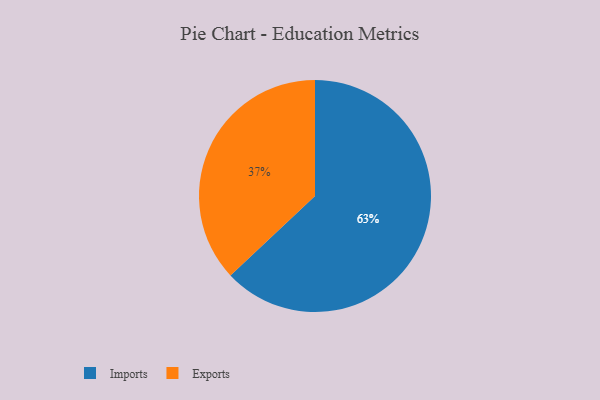
{"axis": {"x": "Category", "y": "Percentage"}, "legend": ["Exports", "Imports"], "data": [{"x": "Imports", "y": 63, "type": "Imports"}, {"x": "Exports", "y": 37, "type": "Exports"}]}